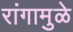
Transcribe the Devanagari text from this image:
रांगामुळे